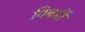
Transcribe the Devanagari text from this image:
गिवर्नी